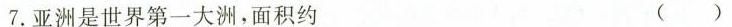
7.亚洲是世界第一大洲，面积约 （